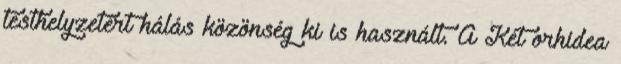
testhelyzetért hálás közönség ki is használt. A Két orhidea